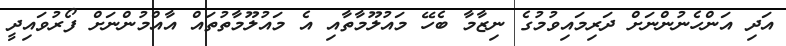
އަދި އަންހެނުންނަށް ދަރިމައިވުމުގެ ނިޒާމާ ބެހޭ މައުލޫމާތާއި އެ މައުލޫމާތުތައް އާއްމުންނަށް ފޯރުވައިދީ